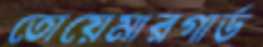
তোয়েমারগার্ড